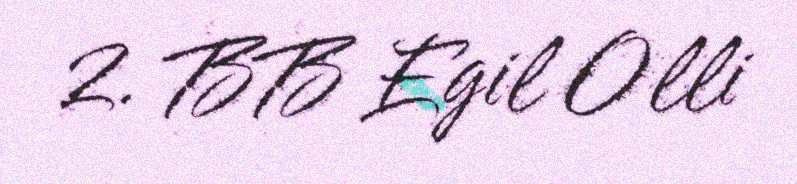
2. BB Egil Olli